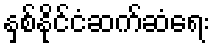
နှစ်နိုင်ငံဆက်ဆံရေး